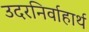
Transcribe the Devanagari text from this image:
उदरनिर्वाहार्थ